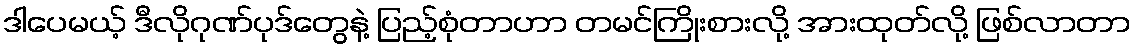
ဒါပေမယ့် ဒီလိုဂုဏ်ပုဒ်တွေနဲ့ ပြည့်စုံတာဟာ တမင်ကြိုးစားလို့ အားထုတ်လို့ ဖြစ်လာတာ